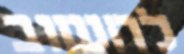
לחשוב